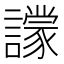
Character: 𧭙